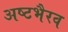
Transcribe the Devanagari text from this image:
अष्टभैरव